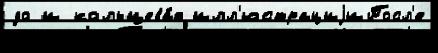
до и кольцева́я илл'юстрациjиПосл'е